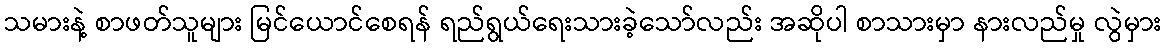
သမားနဲ့ စာဖတ်သူများ မြင်ယောင်စေရန် ရည်ရွယ်ရေးသားခဲ့သော်လည်း အဆိုပါ စာသားမှာ နားလည်မှု လွဲမှား